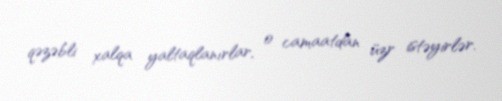
qəzəbli xalqa yaltaqlanırlar, o camaatdan üzr istəyirlər.